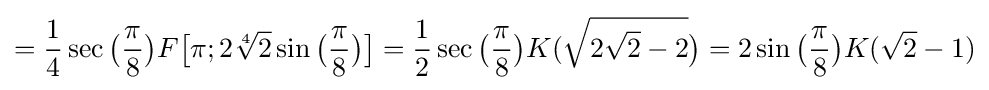
={\frac {1}{4}}\sec {\bigl (}{\frac {\pi }{8}}{\bigr )}F{\bigl [}\pi ;2{\sqrt[{4}]{2}}\sin {\bigl (}{\frac {\pi }{8}}{\bigr )}{\bigr ]}={\frac {1}{2}}\sec {\bigl (}{\frac {\pi }{8}}{\bigr )}K({\sqrt {2{\sqrt {2}}-2}}{\bigr )}=2\sin {\bigl (}{\frac {\pi }{8}}{\bigr )}K({\sqrt {2}}-1)